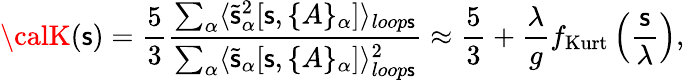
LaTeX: {\calK}(\mathsf{s})=\frac{5}{3}\frac{{\sum_{\alpha}\langle\tilde{{\mathsf{s}}}_{\alpha}^{2}[\mathsf{s},\{ A\} _{\alpha}]\rangle_{loop\mathsf{s}}}}{{\sum_{\alpha}\langle\tilde{{\mathsf{s}}}_{\alpha}[\mathsf{s},\{ A\} _{\alpha}]\rangle_{loop\mathsf{s}}^{2}}}\approx\frac{{5}}{{3}}+\frac{{\lambda}}{{g}}f_{\mathrm{{Kurt}}}\left(\frac{{\mathsf{s}}}{{\lambda}}\right),